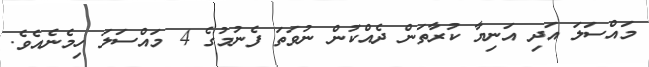
މައްސަލަ އަދި އަނިޔާ ކުރާތަން ދެއްކުން ނުވަތަ ފެނުމުގެ 4 މައްސަލަ ހިމެނެއެވެ.